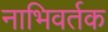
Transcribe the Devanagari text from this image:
नाभिवर्तक